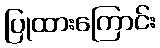
ပြုထားကြောင်း